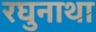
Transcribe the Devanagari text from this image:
रघुनाथा